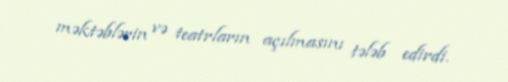
məktəblərin və teatrların açılmasını tələb edirdi.